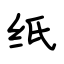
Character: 纸